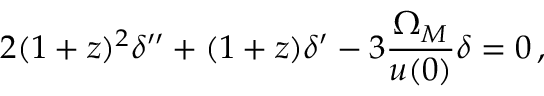
2 ( 1 + z ) ^ { 2 } \delta ^ { \prime \prime } + ( 1 + z ) \delta ^ { \prime } - 3 \frac { \Omega _ { M } } { u ( 0 ) } \delta = 0 \, ,